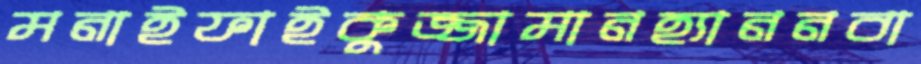
মনাইফাইকুজ্জামানহ্যাননবা